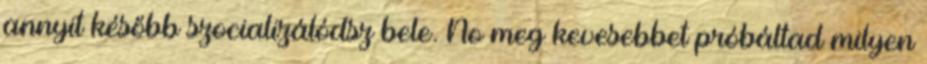
annyit később szocializálódsz bele. No meg kevesebbet próbáltad milyen